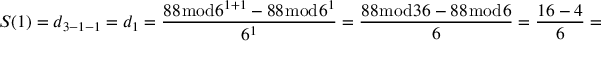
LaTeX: S ( 1 ) = d _ { 3 - 1 - 1 } = d _ { 1 } = { \frac { 8 8 { \bmod { 6 } } ^ { 1 + 1 } - 8 8 { \bmod { 6 } } ^ { 1 } } { 6 ^ { 1 } } } = { \frac { 8 8 { \bmod { 3 } } 6 - 8 8 { \bmod { 6 } } } { 6 } } = { \frac { 1 6 - 4 } { 6 } } = { \frac { 1 2 } { 6 } } = 2